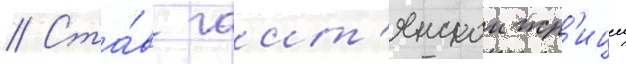
// Ста́в гаит'янскои жр'ицеи